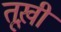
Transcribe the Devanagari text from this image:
तूख़ी